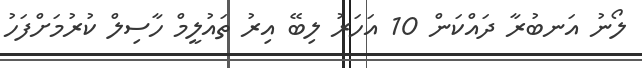
ލޯނު އަނބުރާ ދައްކަން 10 އަހަރު ލިބޭ އިރު ތައުލީމް ހާސިލް ކުރުމަށްފަހު